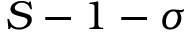
S - 1 - \sigma